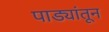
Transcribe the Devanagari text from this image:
पाड्यांतून